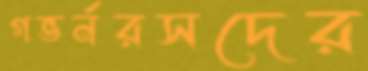
গভর্নরসদের